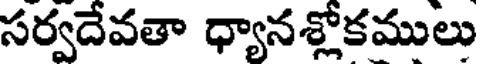
సర్వదేవతా ధ్యానశ్లోకములు